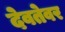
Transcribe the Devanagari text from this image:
देवतेवर